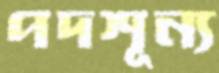
পদশূন্য